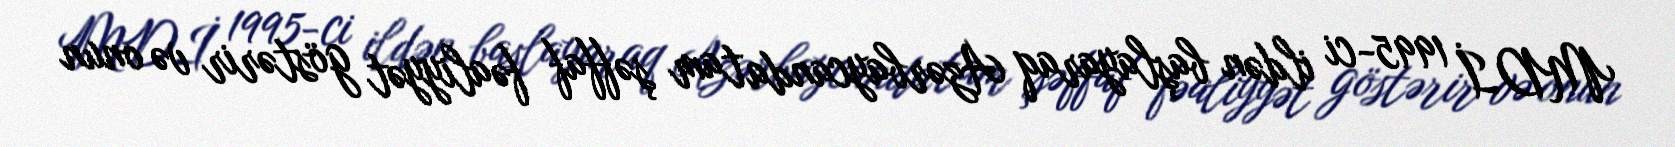
MDİ 1995-ci ildən başlayaraq Azərbaycanda tam şəffaf fəaliyyət göstərir və onun